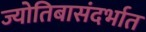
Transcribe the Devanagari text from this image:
ज्योतिबासंदर्भात